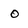
Character: o